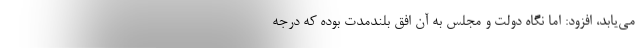
می‌یابد، افزود: اما نگاه دولت و مجلس به آن افق بلندمدت بوده که درجه